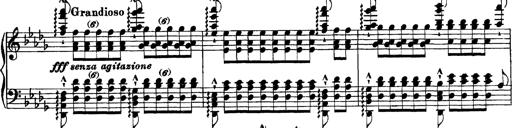
Title: Grandes Etudes
Composer: Franz Liszt